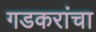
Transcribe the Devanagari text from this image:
गडकरांचा